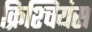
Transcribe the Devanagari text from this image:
क्रिश्चियंस